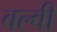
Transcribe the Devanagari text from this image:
बल्बी